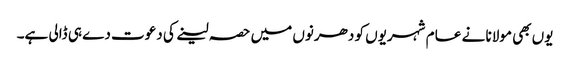
یوں بھی مولانا نے عا م شہریوں کو دھرنوں میں حصہ لینے کی دعوت دے ہی ڈالی ہے۔